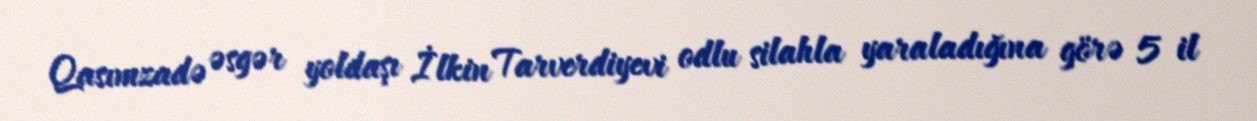
Qasımzadə əsgər yoldaşı İlkin Tarverdiyevi odlu silahla yaraladığına görə 5 il